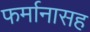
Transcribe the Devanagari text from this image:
फर्मानासह